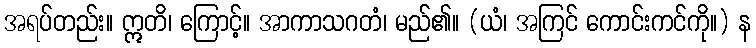
အရပ်တည်း။ ဣတိ၊ ကြောင့်။ အာကာသဂတံ၊ မည်၏။ (ယံ၊ အကြင် ကောင်းကင်ကို။) န